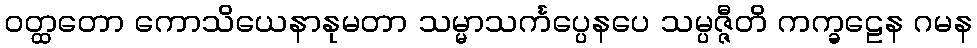
ဝတ္ထတော ကောသိယေနာနုမတာ သမ္မာသင်္ကပ္ပေနပေ သမ္ပဇ္ဇီတိ ကက္ခဠေန ဂမန